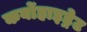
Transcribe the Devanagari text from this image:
कर्बोहाइड्रेट